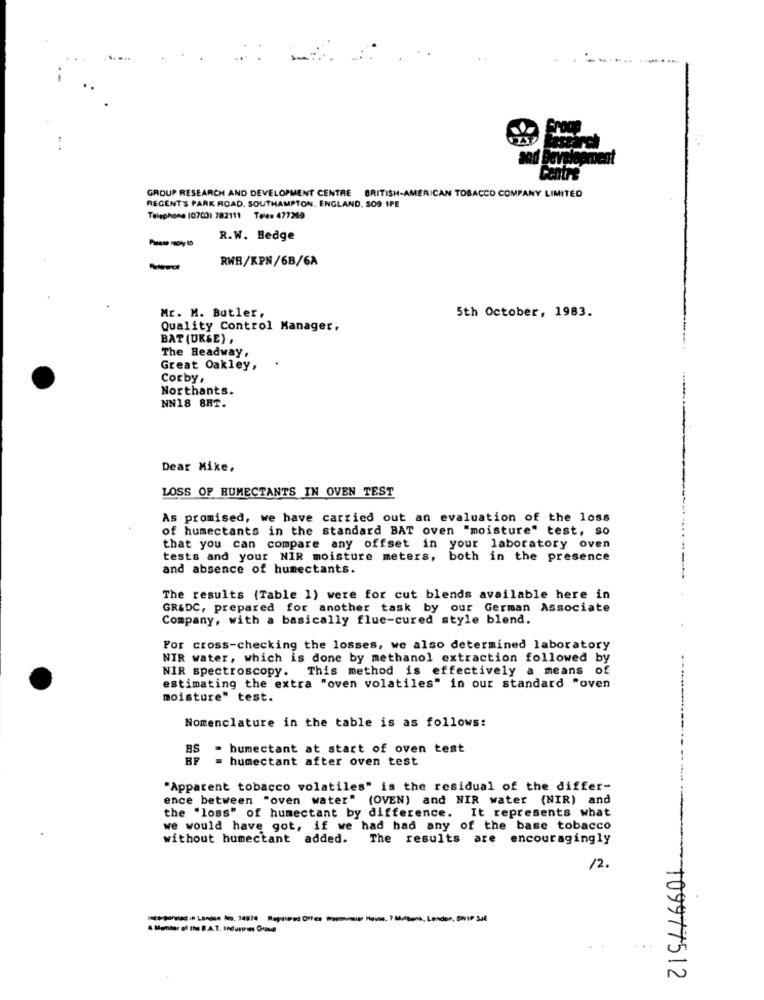
---------
GROUP RESEARCH AND DEVELOPMENT CENTRE BRITISH-AMERICAN TOBACCO COMPANY LIMITED
REGENT'S PARK ROAD. SOUTHAMPTON, ENGLAND, SO9 SPE
Telephone (07001 782111 Telen 477269
R.W. Hedge
RWB/KPN/6B/6A
Mr. M. Butler,
5th October, 1983.
Quality Control Manager,
BAT (UK&E) ,
The Headway.
.
Great Oakley,
Corby,
Northants.
NN18 8HT.
Dear Mike,
LOSS OF HUMECTANTS IN OVEN TEST
As promised, we have carried out an evaluation of the loss
of humectants in the standard BAT oven "moisture" test, so
that you can compare any offset in your laboratory oven
tests and your NIR moisture meters, both in the presence
and absence of humectants.
The results (Table 1) were for cut blends available here in
GR&DC, prepared for another task by our German Associate
Company, with a basically flue-cured style blend.
Por cross-checking the losses, we also determined laboratory
NIR water, which is done by methanol extraction followed by
NIR spectroscopy. This method is effectively a means of
estimating the extra "oven volatiles" in our standard "oven
moisture" test.
Nomenclature in the table is as follows:
BS
= humectant at start of oven test
BF
humectant after oven test
"Apparent tobacco volatiles" is the residual of the differ-
ence between "oven water" (OVEN) and NIR water (NIR) and
the "loss" of humectant by difference. It represents what
we would have got, if we had had any of the base tobacco
without humectant added.
The results are encouragingly
12.
A Member of the B.A.T. Indurrees Group
..
109977512